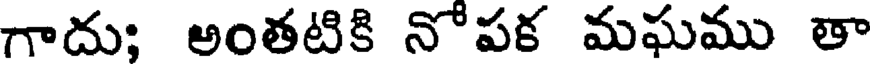
గాదు; అంతటికి నోపక మఘము తా